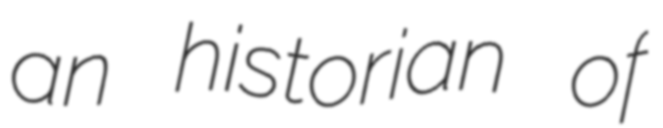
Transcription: an historian of